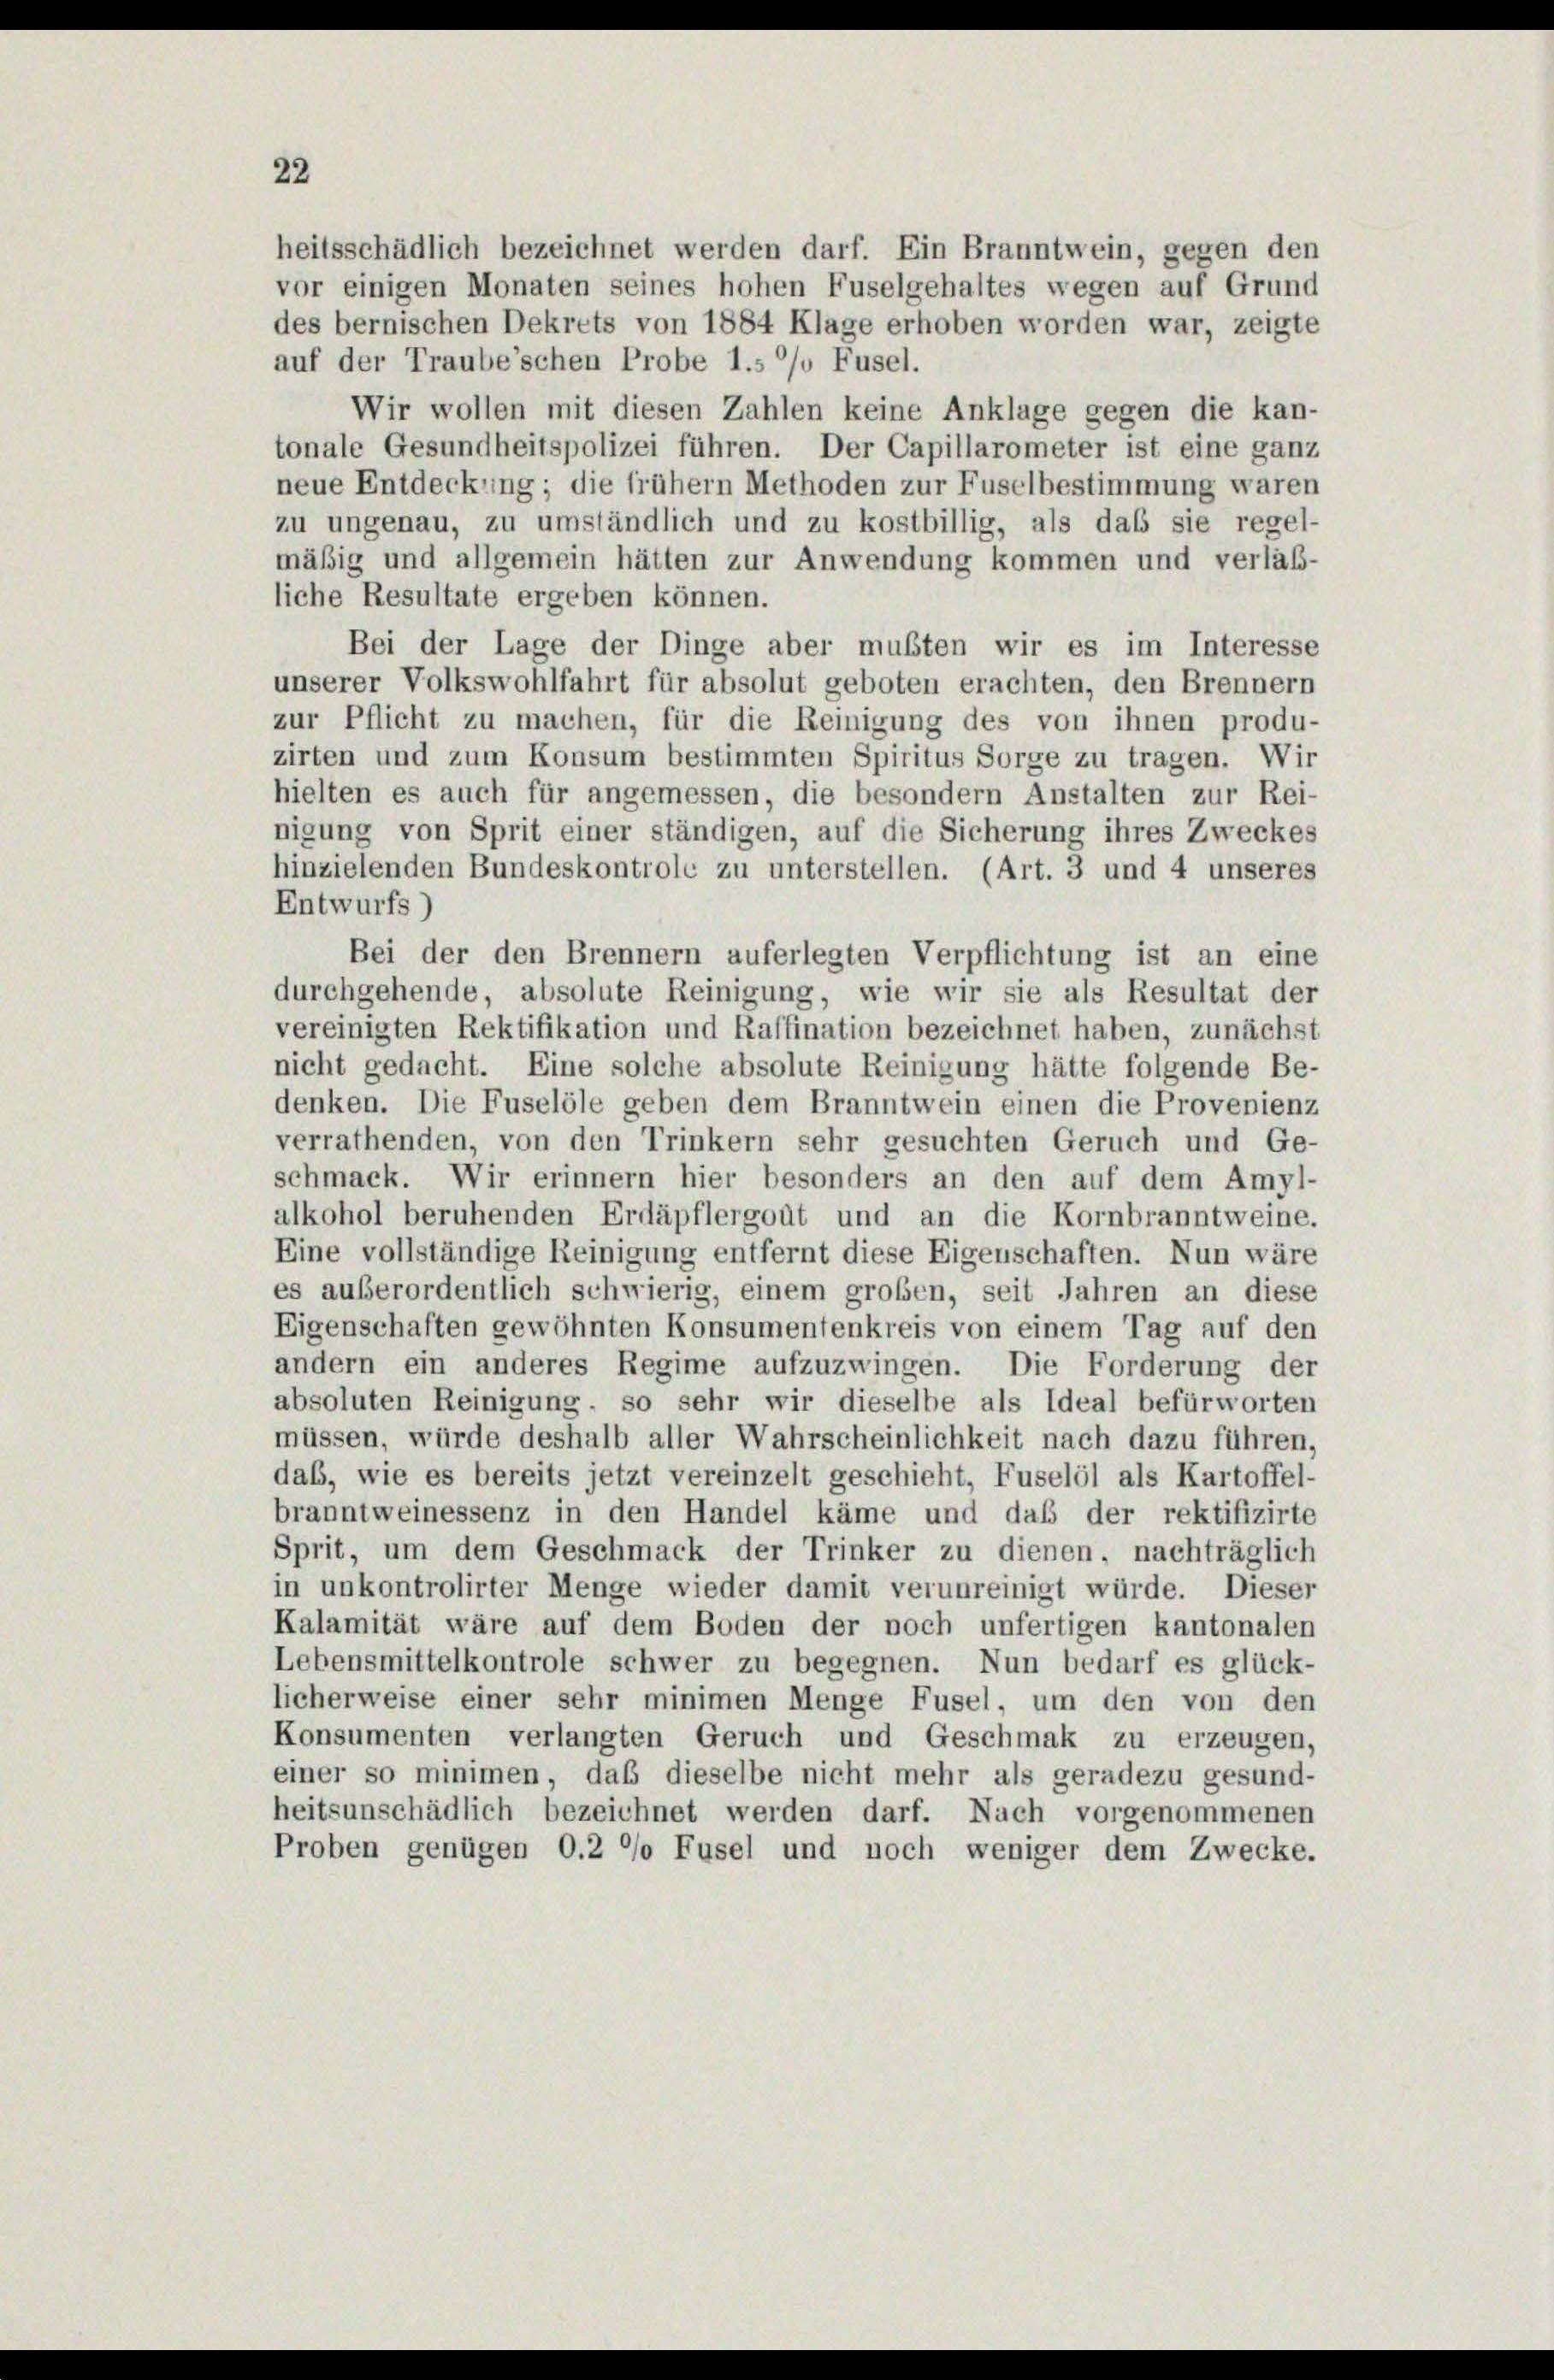
heitsschädlich bezeichnet werden darf. Ein Branntwein, gegen den

22

vor einigen Monaten seines hohen Fuselgehaltes wegen auf Grund
des bernischen Dekrets von 1884 Klage erhoben worden war, zeigte
auf der Traubeschen Probe 1.s °/o Fusel.
Wir wollen mit diesen Zahlen keine Anklage gegen die kan-
tonale Gesundheitspolizei führen. Der Capillarometer ist eine ganz
neue Entdeckung; die frühem Methoden zur Fuselbestimmung waren
zu ungenau, zu umständlich und zu kostbillig, als daß sie regel-
mäßig und allgemein hätten zur Anwendung kommen und verläß-
liche Resultate ergeben können.
Bei der Lage der Dinge aber mußten wir es im Interesse
unserer Volkswohlfahrt für absolut geboten erachten, den Brennern
zur Pflicht zu machen, für die Reinigung des von ihnen produ-
zirten und zum Konsum bestimmten Spiritus Sorge zu tragen. Wir
hielten es auch für angemessen, die besondern Anstalten zur Rei-
nigung von Sprit einer ständigen, auf die Sicherung ihres Zweckes
hinzielenden Bundeskontrole zu unterstellen. (Art. 3 und 4 unseres
Entwurfs)
Bei der den Brennern auferlegten Verpflichtung ist an eine
durchgehende, absolute Reinigung, wie wir sie als Resultat der
vereinigten Rektifikation und Raffination bezeichnet haben, zunächst
nicht gedacht. Eine solche absolute Reinigung hätte folgende Be-
denken. Die Fuselöle geben dem Branntwein einen die Provenienz
verrathenden, von den Trinkern sehr gesuchten Geruch und Ge-
schmack. Wir erinnern hier besonders an den auf dem Amyl-
alkohol beruhenden Erdäpflergoût und an die Kornbranntweine.
Eine vollständige Reinigung entfernt diese Eigenschaften. Nun wäre
es außerordentlich schwierig, einem großen, seit Jahren an diese
Eigenschaften gewöhnten Konsumentenkreis von einem Tag auf den
andern ein anderes Regime aufzuzwingen. Die Forderung der
absoluten Reinigung, so sehr wir dieselbe als Ideal befürworten
müssen, würde deshalb aller Wahrscheinlichkeit nach dazu führen,
daß, wie es bereits jetzt vereinzelt geschieht, Fuselöl als Kartoffel-
branntweinessenz in den Handel käme und daß der rektifizirte
Sprit, um dem Geschmack der Trinker zu dienen, nachträglich
in unkontrolirter Menge wieder damit verunreinigt würde. Dieser
Kalamität wäre auf dem Boden der noch unfertigen kantonalen
Lebensmittelkontrole schwer zu begegnen. Nun bedarf es glück-
licherweise einer sehr minimen Menge Fusel, um den von den
Konsumenten verlangten Geruch und Geschmak zu erzeugen,
einer so minimen, daß dieselbe nicht mehr als geradezu gesund-
heitsunschädlich bezeichnet werden darf. Nach vorgenommenen
Proben genügen O.2 °/o Fusel und noch weniger dem Zwecke.